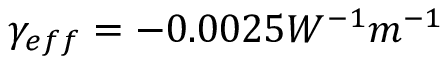
\gamma _ { e f f } = - 0 . 0 0 2 5 W ^ { - 1 } m ^ { - 1 }